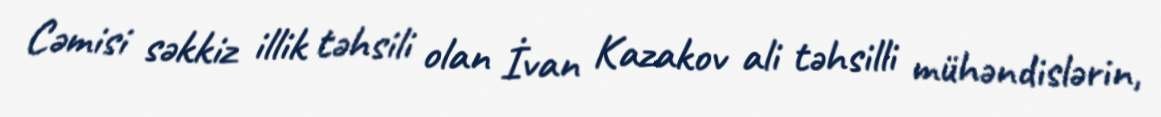
Cəmisi səkkiz illik təhsili olan İvan Kazakov ali təhsilli mühəndislərin,